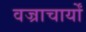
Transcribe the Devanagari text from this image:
वज्राचार्यों